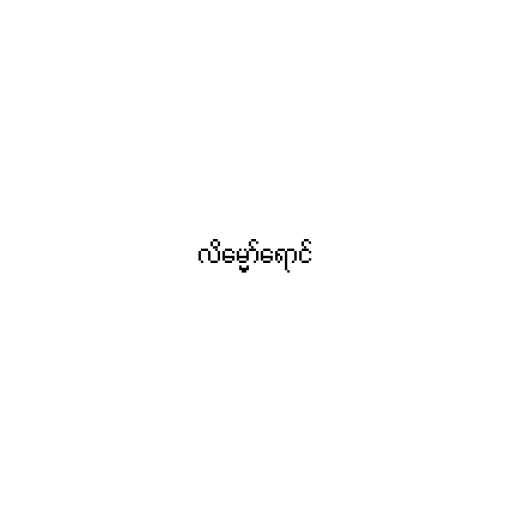
လိမ္မော်ရောင်